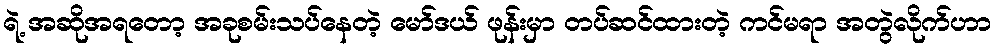
ရဲ့ အဆိုအရတော့ အခုစမ်းသပ်နေတဲ့ မော်ဒယ် ဖုန်းမှာ တပ်ဆင်ထားတဲ့ ကင်မရာ အတွဲလိုက်ဟာ